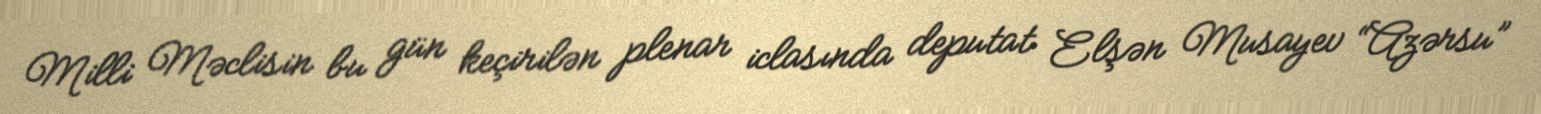
Milli Məclisin bu gün keçirilən plenar iclasında deputat Elşən Musayev “Azərsu”